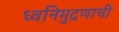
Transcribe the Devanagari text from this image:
ध्वनिमुद्रणाची